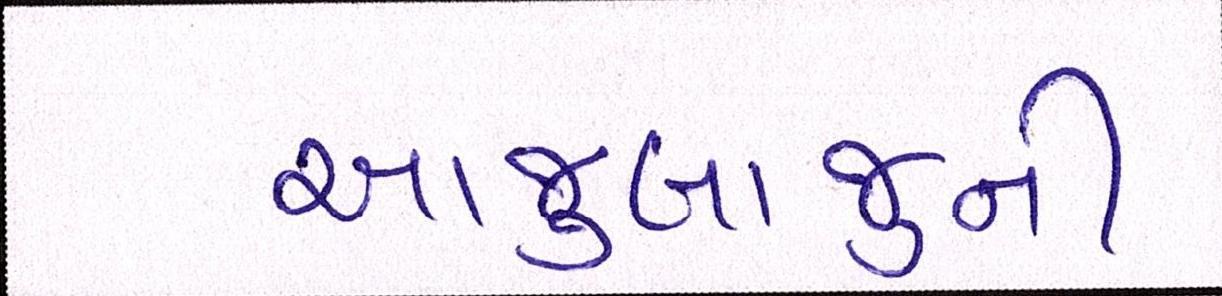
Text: આજુબાજુની